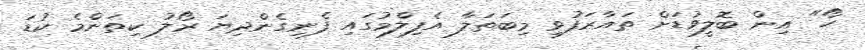
ހޯ" އިން ބޮލީވުޑަށް ތައާރަފުވި މިބަތަލާ އެފިލްމުގައި ފެނިގެންދިޔަ ރޯލު ކިތަންމެ ކުޑަ